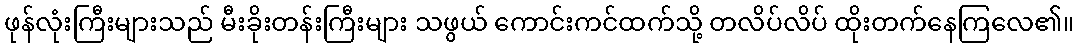
ဖုန်လုံးကြီးများသည် မီးခိုးတန်းကြီးများ သဖွယ် ကောင်းကင်ထက်သို့ တလိပ်လိပ် ထိုးတက်နေကြလေ၏။